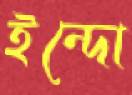
ইন্দো